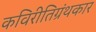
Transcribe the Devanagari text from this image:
कविरीतिग्रंथकार